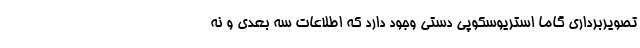
تصویربرداری گاما استریوسکوپی دستی وجود دارد که اطلاعات سه بعدی و نه